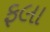
ફલા